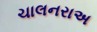
ચાલનરાઅ